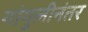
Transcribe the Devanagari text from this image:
गांगुलीनंतर